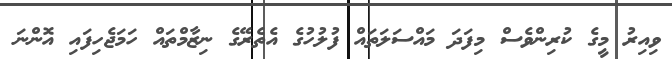
ވިއިރު މީގެ ކުރިންވެސް މިފަދަ މައްސަލަތައް ފުލުހުގެ އެތެރޭގެ ނިޒާމްތައް ހަމަޖެހިފައި އޮންނަ